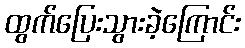
ထွက်ပြေးသွားခဲ့ကြောင်း